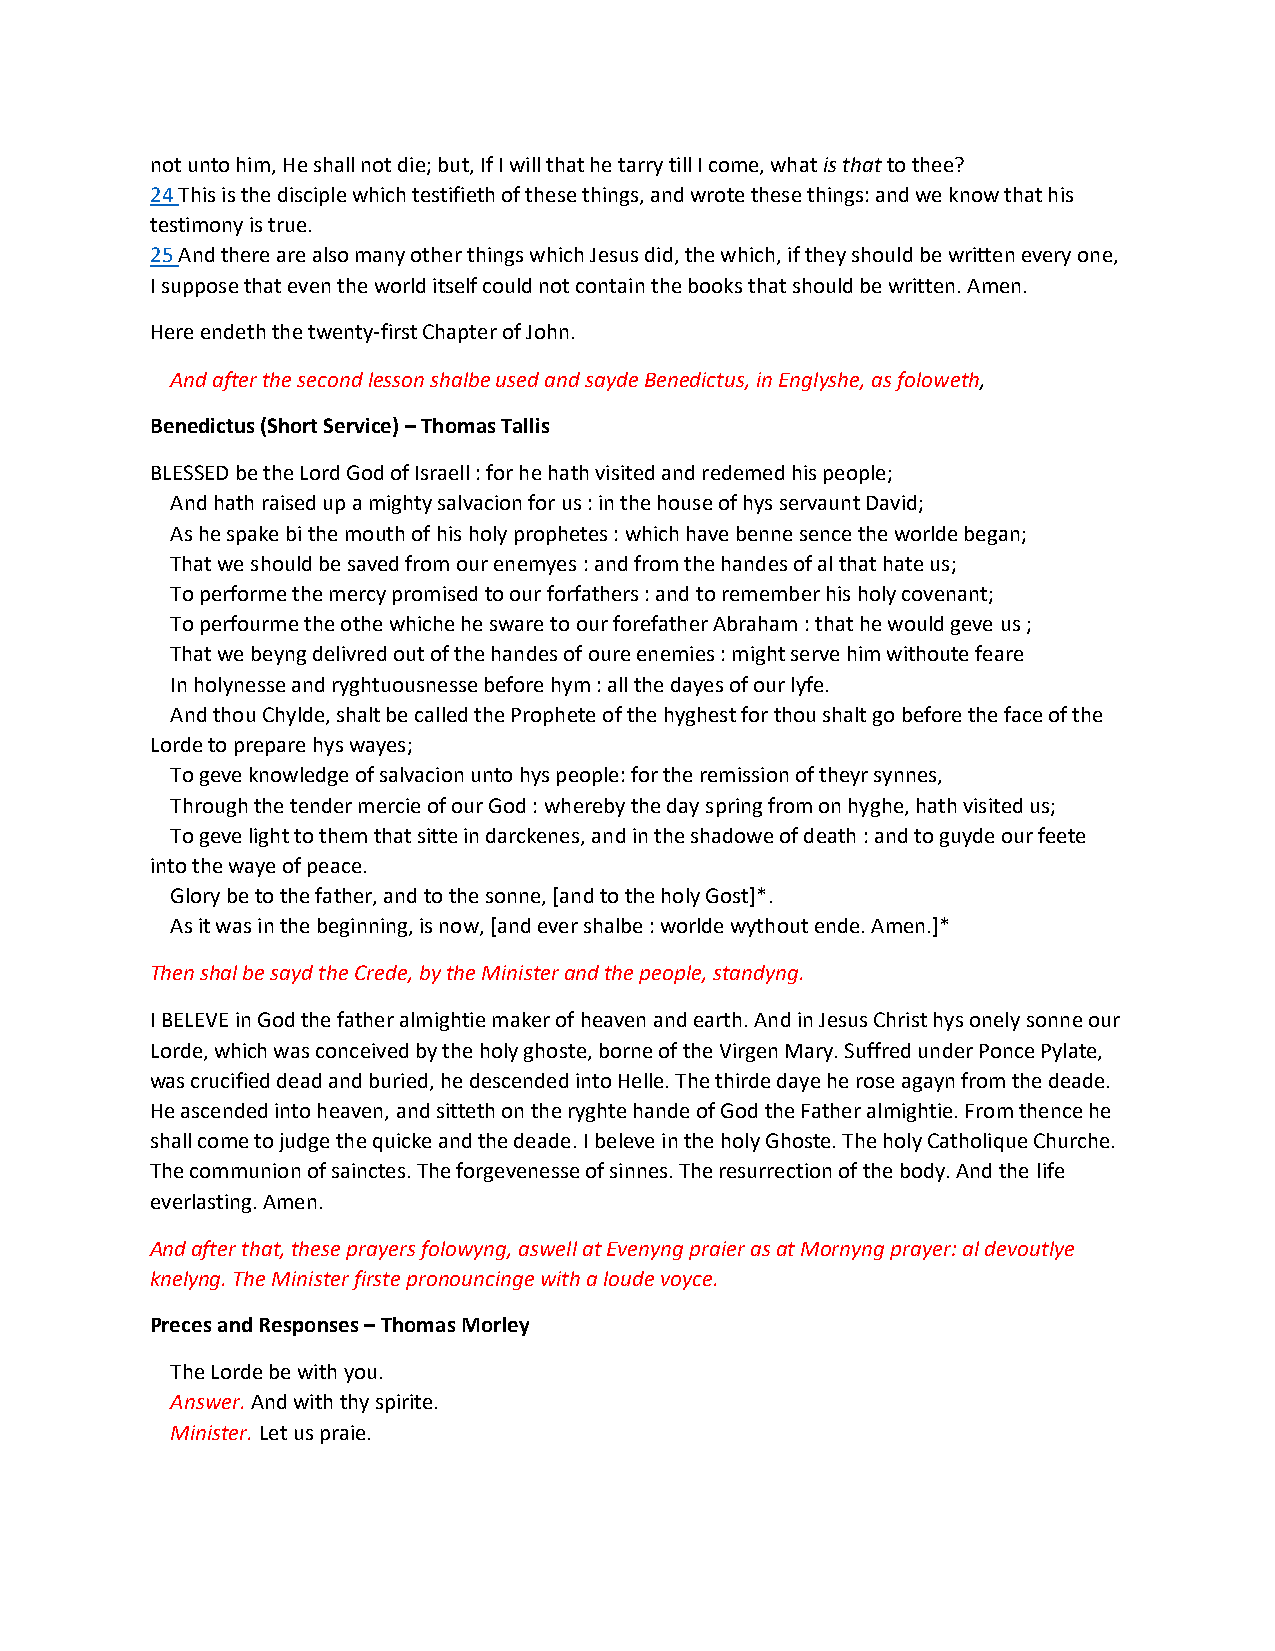
not unto him, He shall not die; but, If I will that he tarry till I come, what is that to thee?
 24 This is the disciple which testifieth of these things, and wrote these things: and we know that his
 testimony is true.
 25 And there are also many other things which Jesus did, the which, if they should be written every one,
 I suppose that even the world itself could not contain the books that should be written. Amen.
 Here endeth the twenty-first Chapter of John.
 And after the second lesson shalbe used and sayde Benedictus, in Englyshe, as foloweth,
 Benedictus (Short Service) – Thomas Tallis
 BLESSED be the Lord God of Israell : for he hath visited and redemed his people;
 And hath raised up a mighty salvacion for us : in the house of hys servaunt David;
 As he spake bi the mouth of his holy prophetes : which have benne sence the worlde began;
 That we should be saved from our enemyes : and from the handes of al that hate us;
 To performe the mercy promised to our forfathers : and to remember his holy covenant;
 To perfourme the othe whiche he sware to our forefather Abraham : that he would geve us ;
 That we beyng delivred out of the handes of oure enemies : might serve him withoute feare
 In holynesse and ryghtuousnesse before hym : all the dayes of our lyfe.
 And thou Chylde, shalt be called the Prophete of the hyghest for thou shalt go before the face of the
 Lorde to prepare hys wayes;
 To geve knowledge of salvacion unto hys people: for the remission of theyr synnes,
 Through the tender mercie of our God : whereby the day spring from on hyghe, hath visited us;
 To geve light to them that sitte in darckenes, and in the shadowe of death : and to guyde our feete
 into the waye of peace.
 Glory be to the father, and to the sonne, [and to the holy Gost]*.
 As it was in the beginning, is now, [and ever shalbe : worlde wythout ende. Amen.]*
 Then shal be sayd the Crede, by the Minister and the people, standyng.
 I BELEVE in God the father almightie maker of heaven and earth. And in Jesus Christ hys onely sonne our
 Lorde, which was conceived by the holy ghoste, borne of the Virgen Mary. Suffred under Ponce Pylate,
 was crucified dead and buried, he descended into Helle. The thirde daye he rose agayn from the deade.
 He ascended into heaven, and sitteth on the ryghte hande of God the Father almightie. From thence he
 shall come to judge the quicke and the deade. I beleve in the holy Ghoste. The holy Catholique Churche.
 The communion of sainctes. The forgevenesse of sinnes. The resurrection of the body. And the life
 everlasting. Amen.
 And after that, these prayers folowyng, aswell at Evenyng praier as at Mornyng prayer: al devoutlye
 knelyng. The Minister firste pronouncinge with a loude voyce.
 Preces and Responses – Thomas Morley
 The Lorde be with you.
 Answer. And with thy spirite.
 Minister. Let us praie.